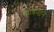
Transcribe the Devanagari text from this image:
जीवनाने